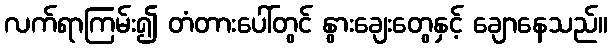
လက်ရာကြမ်း၍ တံတားပေါ်တွင် နွားချေးတွေနှင့် ချောနေသည်။